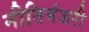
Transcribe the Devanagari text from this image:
नीतिमंजरी